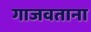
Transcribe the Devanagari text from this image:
गाजवताना